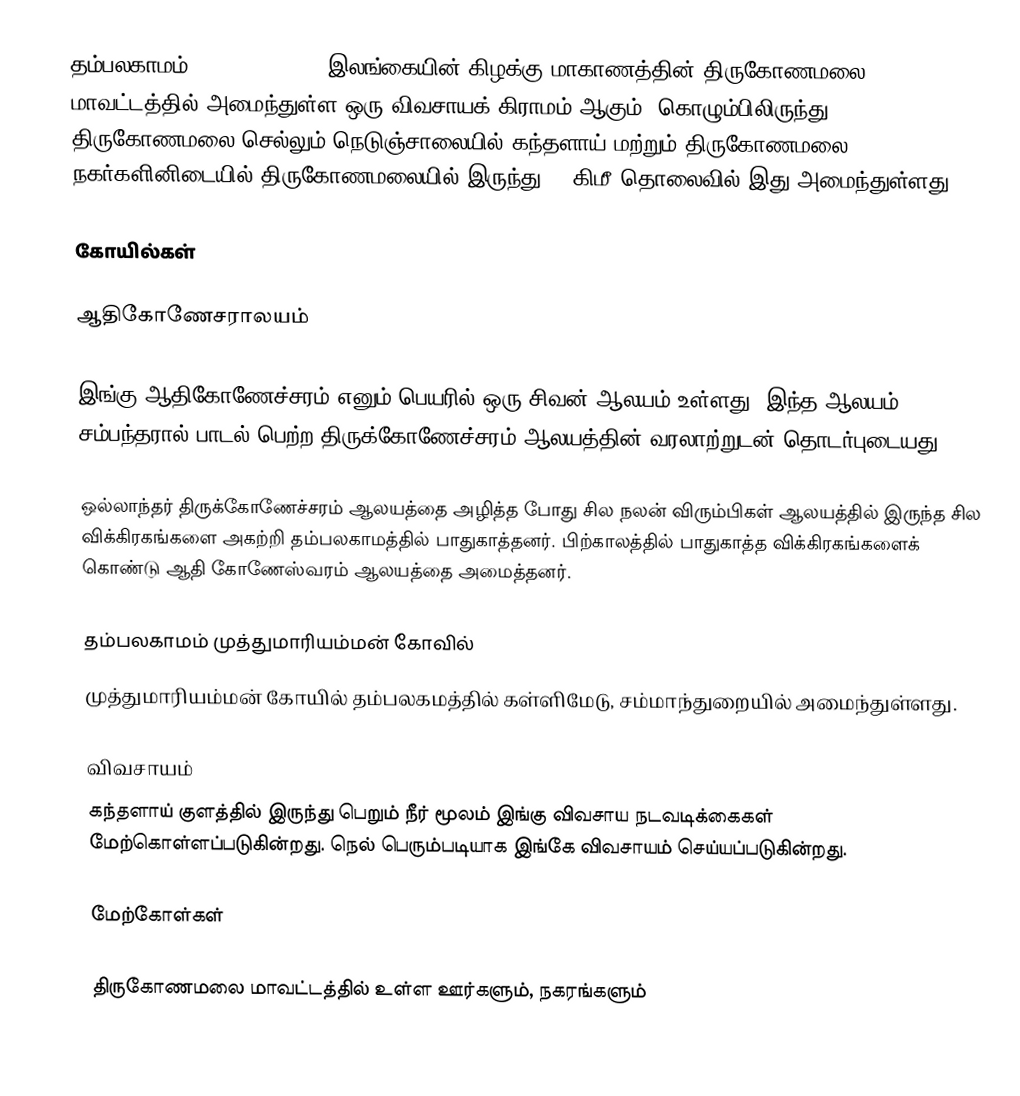
தம்பலகாமம் (Thampalakamam) இலங்கையின் கிழக்கு மாகாணத்தின் திருகோணமலை மாவட்டத்தில் அமைந்துள்ள ஒரு விவசாயக் கிராமம் ஆகும். கொழும்பிலிருந்து திருகோணமலை செல்லும் நெடுஞ்சாலையில் கந்தளாய் மற்றும் திருகோணமலை நகர்களினிடையில் திருகோணமலையில் இருந்து 22 கிமீ தொலைவில் இது அமைந்துள்ளது.

கோயில்கள்

ஆதிகோணேசராலயம்

இங்கு ஆதிகோணேச்சரம் எனும் பெயரில் ஒரு சிவன் ஆலயம் உள்ளது. இந்த ஆலயம் சம்பந்தரால் பாடல் பெற்ற திருக்கோணேச்சரம் ஆலயத்தின் வரலாற்றுடன் தொடர்புடையது.

ஒல்லாந்தர் திருக்கோணேச்சரம் ஆலயத்தை அழித்த போது சில நலன் விரும்பிகள் ஆலயத்தில் இருந்த சில விக்கிரகங்களை அகற்றி தம்பலகாமத்தில் பாதுகாத்தனர். பிற்காலத்தில் பாதுகாத்த விக்கிரகங்களைக் கொண்டு ஆதி கோணேஸ்வரம் ஆலயத்தை அமைத்தனர்.

தம்பலகாமம் முத்துமாரியம்மன் கோவில்
முத்துமாரியம்மன் கோயில் தம்பலகமத்தில் கள்ளிமேடு, சம்மாந்துறையில் அமைந்துள்ளது.

விவசாயம்
கந்தளாய் குளத்தில் இருந்து பெறும் நீர் மூலம் இங்கு விவசாய நடவடிக்கைகள் மேற்கொள்ளப்படுகின்றது. நெல் பெரும்படியாக இங்கே விவசாயம் செய்யப்படுகின்றது.

மேற்கோள்கள்

திருகோணமலை மாவட்டத்தில் உள்ள ஊர்களும், நகரங்களும்